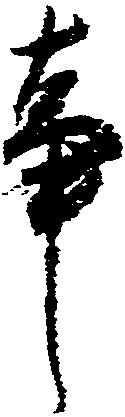
事